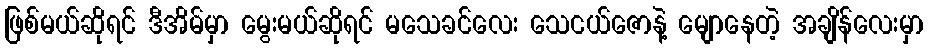
ဖြစ်မယ်ဆိုရင် ဒီအိမ်မှာ မွေးမယ်ဆိုရင် မသေခင်လေး သေငယ်ဇောနဲ့ မျောနေတဲ့ အချိန်လေးမှာ